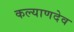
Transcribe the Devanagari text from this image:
कल्याणदेव